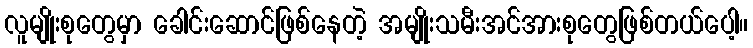
လူမျိုးစုတွေမှာ ခေါင်းဆောင်ဖြစ်နေတဲ့ အမျိုးသမီးအင်အားစုတွေဖြစ်တယ်ပေါ့။